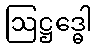
ဩဋ္ဌဒ္ဓေါ